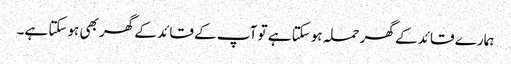
ہمارے قائد کے گھر حملہ ہوسکتا ہے تو آپ کے قائد کے گھر بھی ہوسکتا ہے۔